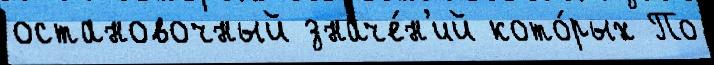
остановочный значе́н'ий кото́рых По